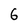
Character: 6